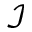
\mathcal { I }